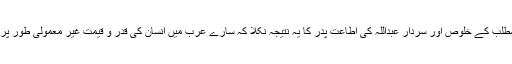
گویا عبدالمطلب کے خلوص اور سردار عبداللہ کی اطاعت پدر کا یہ نتیجہ نکلا کہ سارے عرب میں انسان کی قدر و قیمت غیر معمولی طور پر بڑھ گئی ۔